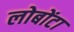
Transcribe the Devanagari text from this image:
लोबोंटा